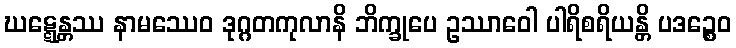
ဃဋ္ဋေန္တဿ နာမဿေဝ ဒုဂ္ဂတကုလာနိ ဘိက္ခုပေ ဥဿာဝေါ ပါရိစရိယန္တိ ပဒဉ္စေဝ